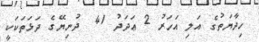
ހިދާޔަތުގެ އަލި އަހަރު 2 ޢަދަދު 41  ދުނިޔޭގެ ދަޅަތަކަކީ